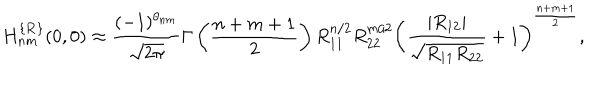
H _ { n m } ^ { \{ { \bf R } \} } ( 0 , 0 ) \approx \frac { ( - 1 ) ^ { \theta _ { n m } } } { \sqrt { 2 \pi } } \Gamma \left( \frac { n + m + 1 } 2 \right) R _ { 1 1 } ^ { n / 2 } R _ { 2 2 } ^ { m / 2 } \left( \frac { | R _ { 1 2 } | } { \sqrt { R _ { 1 1 } R _ { 2 2 } } } + 1 \right) ^ { \frac { n + m + 1 } 2 } ,